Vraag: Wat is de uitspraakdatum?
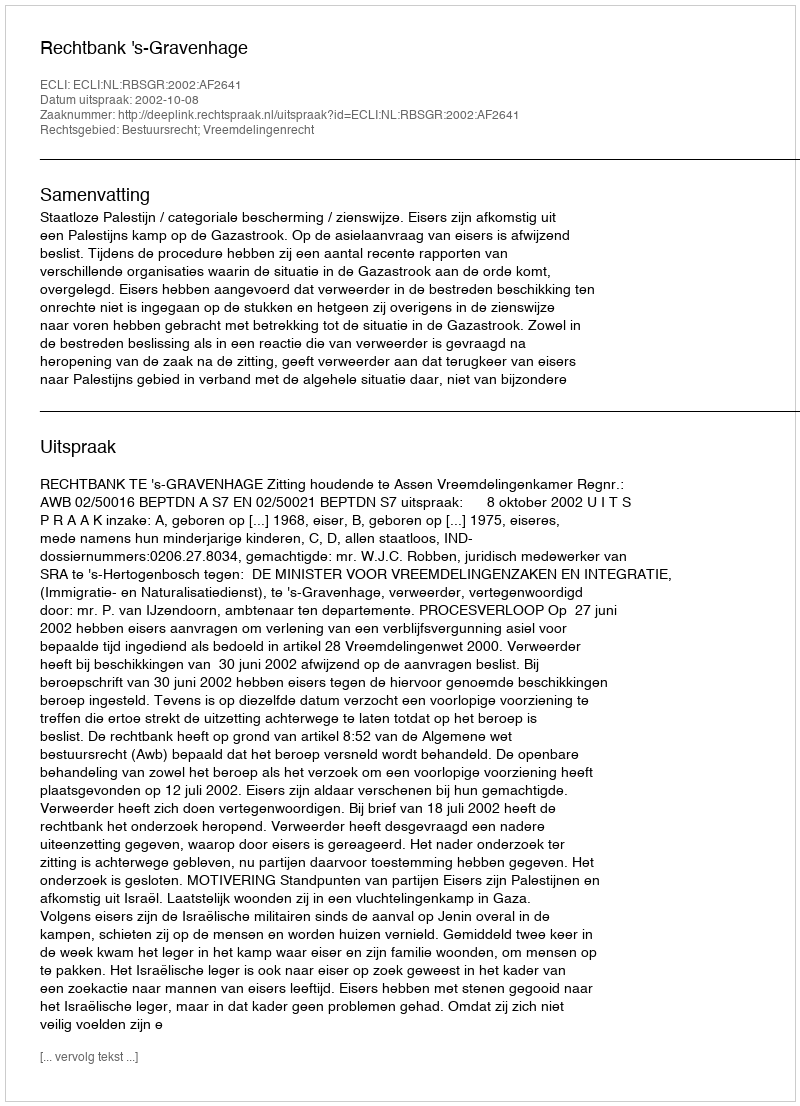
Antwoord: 2002-10-08